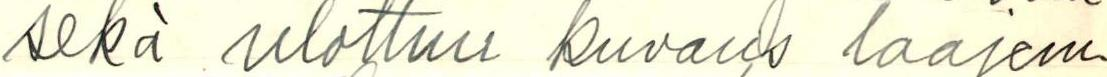
sekä ulottuu kuvaus laajem